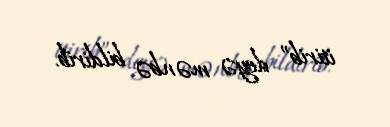
itirib” deyə mənbə bildirib.